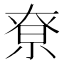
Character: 尞